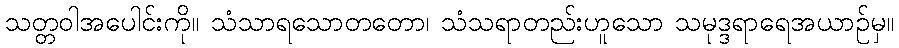
သတ္တဝါအပေါင်းကို။ သံသာရသောတတော၊ သံသရာတည်းဟူသော သမုဒ္ဒရာရေအယာဉ်မှ။